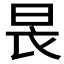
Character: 𣌪